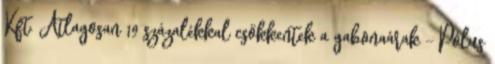
Kft. Átlagosan 19 százalékkal csökkentek a gabonaárak - Pólus